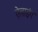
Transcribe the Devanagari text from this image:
ऐलाइंग